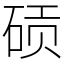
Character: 䂵